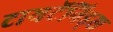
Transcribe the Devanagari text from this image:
टायटॅनिड्स